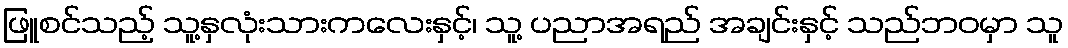
ဖြူစင်သည့် သူ့နှလုံးသားကလေးနှင့်၊ သူ့ ပညာအရည် အချင်းနှင့် သည်ဘဝမှာ သူ